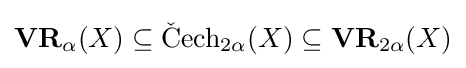
\mathbf {VR} _{\alpha }(X)\subseteq \operatorname {{\check {C}}ech} _{2\alpha }(X)\subseteq \mathbf {VR} _{2\alpha }(X)